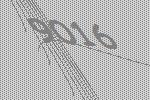
9016